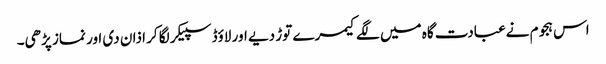
اس ہجوم نےعبادت گاہ میں لگے کیمرے توڑ دیے اور لاؤڈ سپیکر لگا کر اذان دی اور نماز پڑھی۔